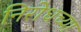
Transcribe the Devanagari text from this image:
निरोधच्या